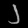
Digit: ၂